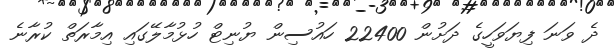
ދެ ވަނަ ފިޔަވަހީގެ ދަށުން 22400 ހައުސިން ޔުނިޓް ހުޅުމާލޭގައި އިމާރަތް ކުރާނެ